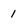
Character: 1